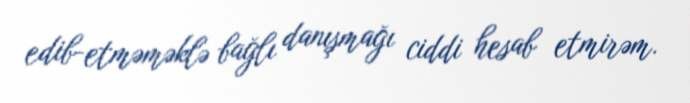
edib-etməməklə bağlı danışmağı ciddi hesab etmirəm.